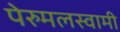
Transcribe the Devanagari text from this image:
पेरुमलस्वामी